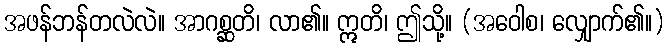
အဖန်ဘန်တလဲလဲ။ အာဂစ္ဆတိ၊ လာ၏။ ဣတိ၊ ဤသို့။ (အဝေါစ၊ လျှောက်၏။)